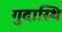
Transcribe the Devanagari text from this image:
गुदास्थि